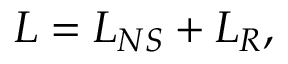
\cal { L } = \cal { L } _ { N S } + \cal { L } _ { R } ,